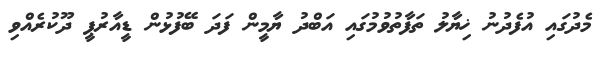
މެދުގައި އުފެދުނު ޚިޔާލު ތަފާތުވުމުގައި އަބްދު ޔާމީން ފަދަ ބޭފުޅުން ޑީއާރުޕީ ދޫކުރެއްވި